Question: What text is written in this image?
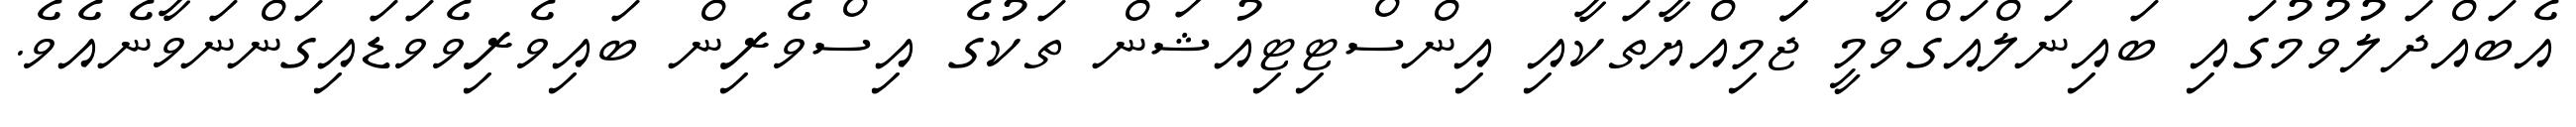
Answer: އެބައްދަލުވުމުގައި ބައިނަލްއަގްވާމީ ޖަަމިއްޔާތަކާއި އިންސްޓިޓިއުޝަން ތަކުގެ އިސްވެރިން ބައިވެރިވެވަޑައިގަންނަވާނެއެވެ.